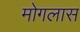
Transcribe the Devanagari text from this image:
मोगलास